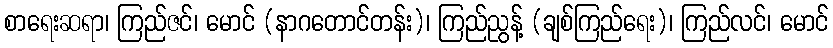
စာရေးဆရာ၊ ကြည်ဇင်၊ မောင် (နာဂတောင်တန်း)၊ ကြည်ညွန့် (ချစ်ကြည်ရေး)၊ ကြည်လင်၊ မောင်